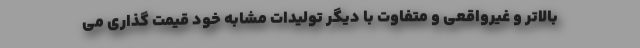
بالاتر و غیرواقعی و متفاوت با دیگر تولیدات مشابه خود قیمت گذاری می